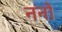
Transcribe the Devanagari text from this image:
ननो